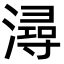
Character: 潯